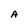
Character: A